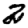
Digit: 2